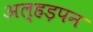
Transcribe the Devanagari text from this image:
अल्हड़पन